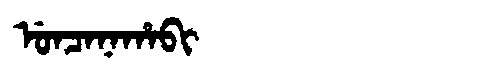
Manchu: ᡠᠨᠴᠠᠨᠠᡥᠠᠪᡳ
Romanization: UNCANAHABI